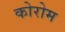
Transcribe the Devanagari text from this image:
कोरोम